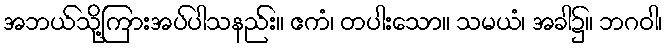
အဘယ်သို့ကြားအပ်ပါသနည်း။ ဧကံ၊ တပါးသော။ သမယံ၊ အခါ၌။ ဘဂဝါ၊